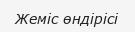
Жеміс өндірісі